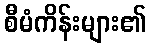
စီမံကိန်းများ၏